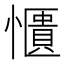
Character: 𫻑